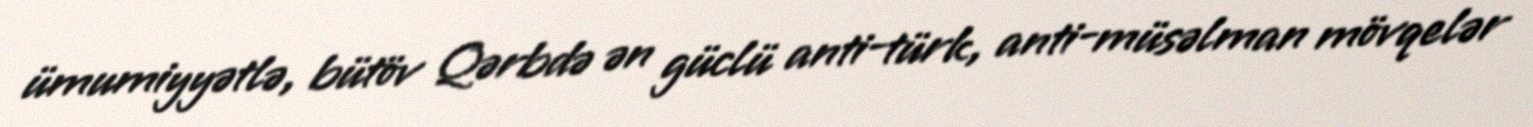
ümumiyyətlə, bütöv Qərbdə ən güclü anti-türk, anti-müsəlman mövqelər